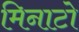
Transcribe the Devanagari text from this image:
मिनाटो